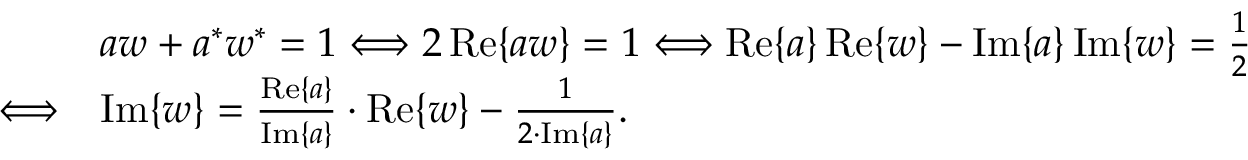
{ \begin{array} { r l } & { a w + a ^ { * } w ^ { * } = 1 \Longleftrightarrow 2 \operatorname { R e } \{ a w \} = 1 \Longleftrightarrow \operatorname { R e } \{ a \} \operatorname { R e } \{ w \} - \operatorname { I m } \{ a \} \operatorname { I m } \{ w \} = { \frac { 1 } { 2 } } } \\ { \Longleftrightarrow } & { \operatorname { I m } \{ w \} = { \frac { \operatorname { R e } \{ a \} } { \operatorname { I m } \{ a \} } } \cdot \operatorname { R e } \{ w \} - { \frac { 1 } { 2 \cdot \operatorname { I m } \{ a \} } } . } \end{array} }